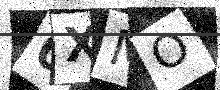
Text: 0XMO